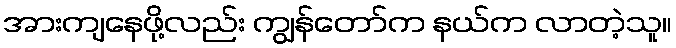
အားကျနေဖို့လည်း ကျွန်တော်က နယ်က လာတဲ့သူ။